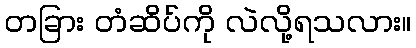
တခြား တံဆိပ်ကို လဲလို့ရသလား။